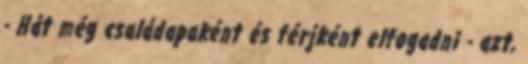
- Hát még családapaként és férjként elfogadni - azt,